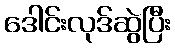
ဒေါင်းလုဒ်ဆွဲပြီး